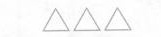
△△△